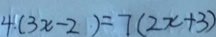
4 . ( 3 x - 2 ) = 7 ( 2 x + 3 )